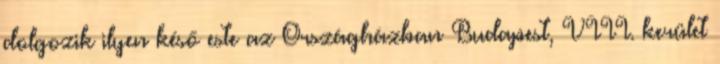
dolgozik ilyen késő este az Országházban Budapest, VIII. kerület